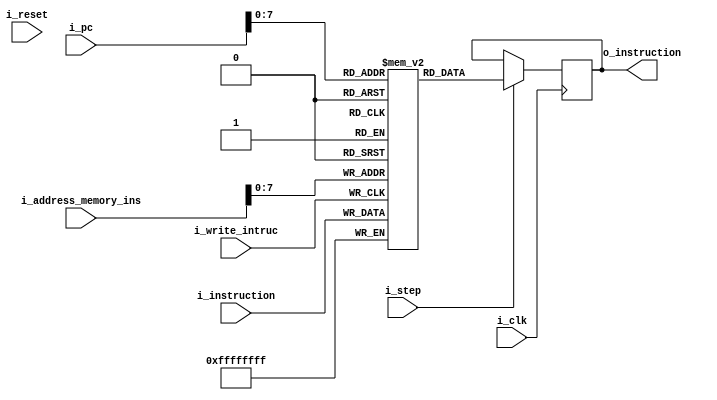
`timescale 1ns / 1ps

module Memoria_Instrucciones
    #(
        parameter NBITS     = 32    ,
        parameter TAM    = 256
    )
    (
        input   wire                        i_clk,
        input   wire                        i_reset,
        input   wire                        i_step,
        input   wire    [NBITS-1    :0]     i_pc,
        input   wire    [NBITS-1    :0]     i_address_memory_ins,
        input   wire    [NBITS-1    :0]     i_instruction,
        input   wire                        i_write_intruc,
        output  reg     [NBITS-1    :0]     o_instruction   
    );
    
    reg     [NBITS-1  :0]     memory[TAM-1:0];
    integer                   i;

    
    initial 
    begin
        for (i = 0; i < TAM; i = i + 1) begin
            memory[i] = 0;
        end  
    end


    always @(posedge i_clk)
    begin
        if (i_step)begin
            o_instruction  <= memory[i_pc];
        end
    end

    always @(posedge i_write_intruc) begin
            memory[i_address_memory_ins] <= i_instruction; 
    end

endmodule